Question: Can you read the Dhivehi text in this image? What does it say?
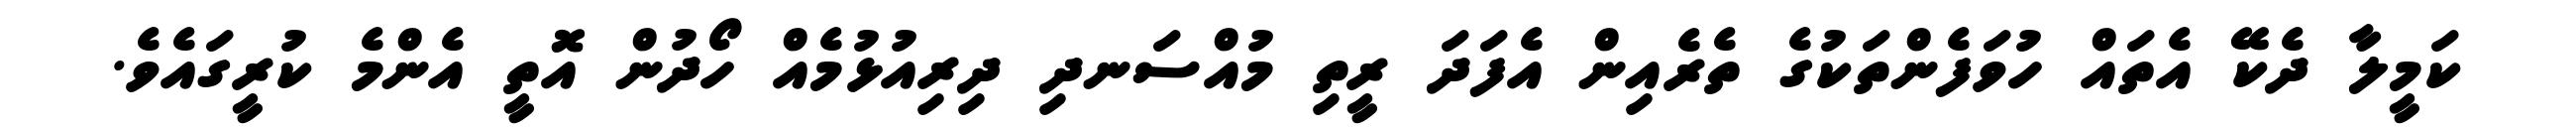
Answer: ކަމީލާ ދެކޭ އެތައް ހުވަފެންތަކުގެ ތެރެއިން އެފަދަ ރީތި މުއްސަނދި ދިރިއުޅުމެއް ހޯދުން އޮތީ އެންމެ ކުރީގައެވެ.